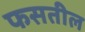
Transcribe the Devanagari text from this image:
फसतील